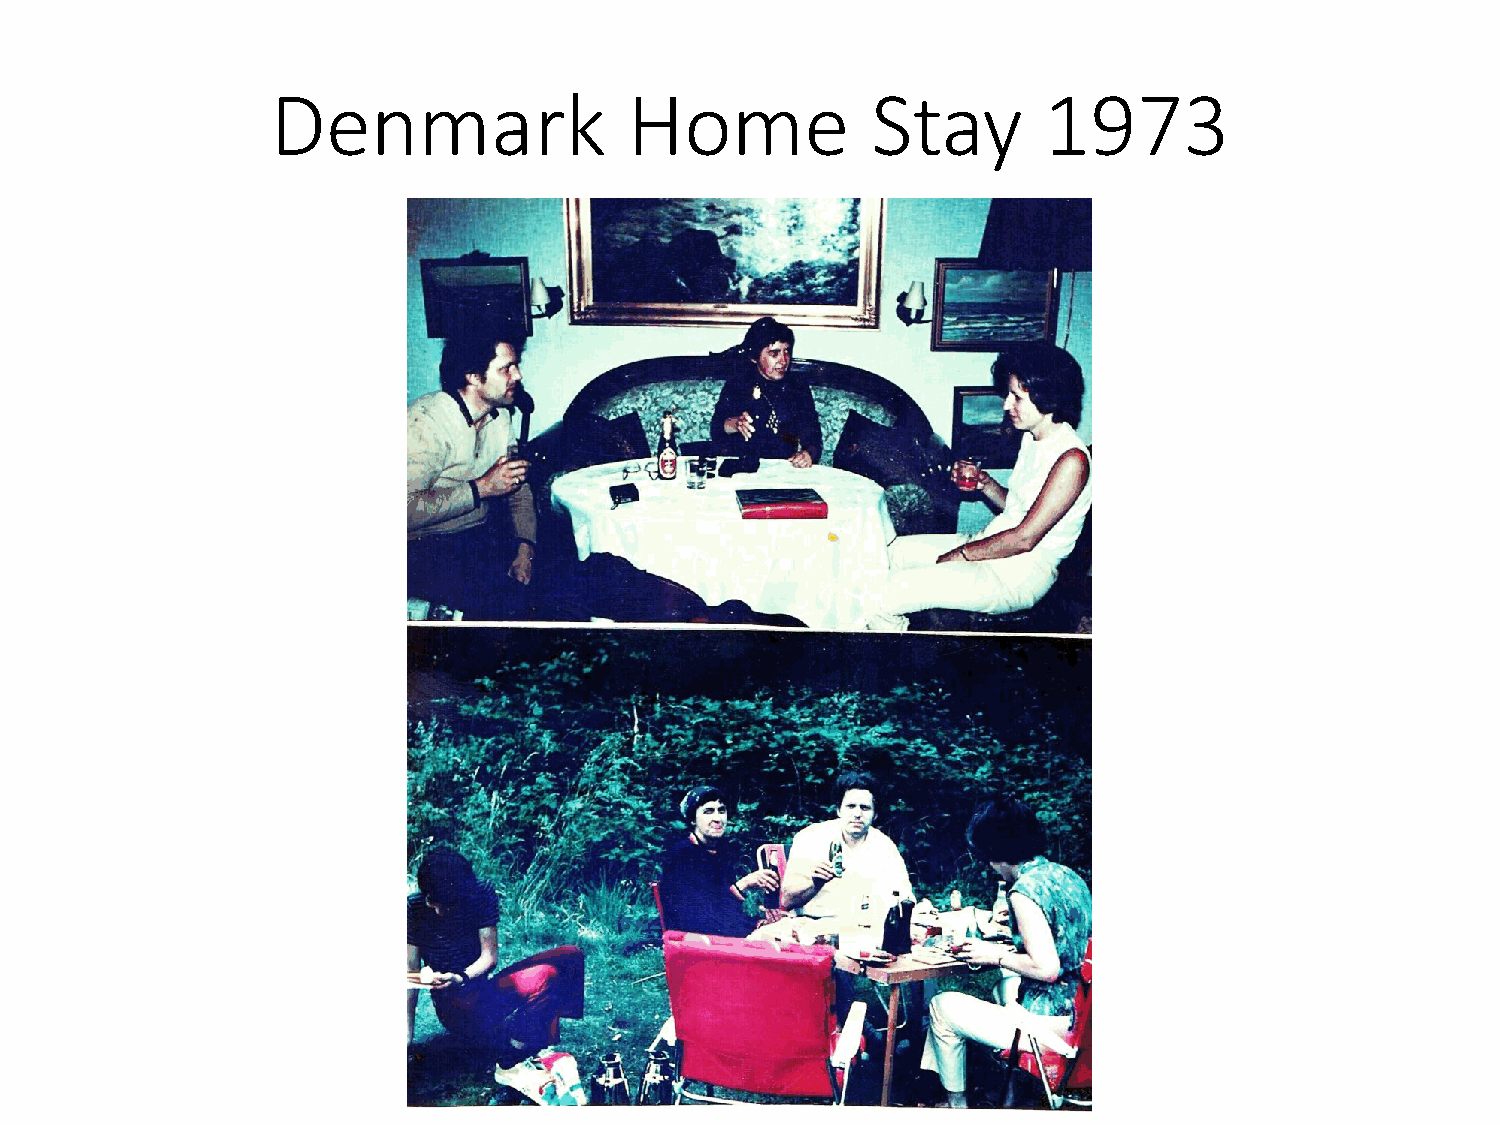
Denmark                 Home            Stay       1973